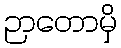
ဉာတောမှိ